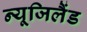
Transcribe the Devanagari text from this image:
न्यूजिलैंड